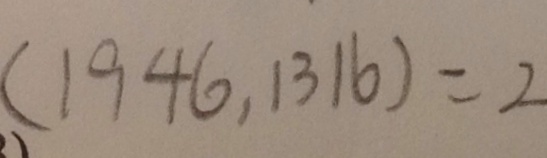
( 1 9 4 6 , 1 3 1 6 ) = 2